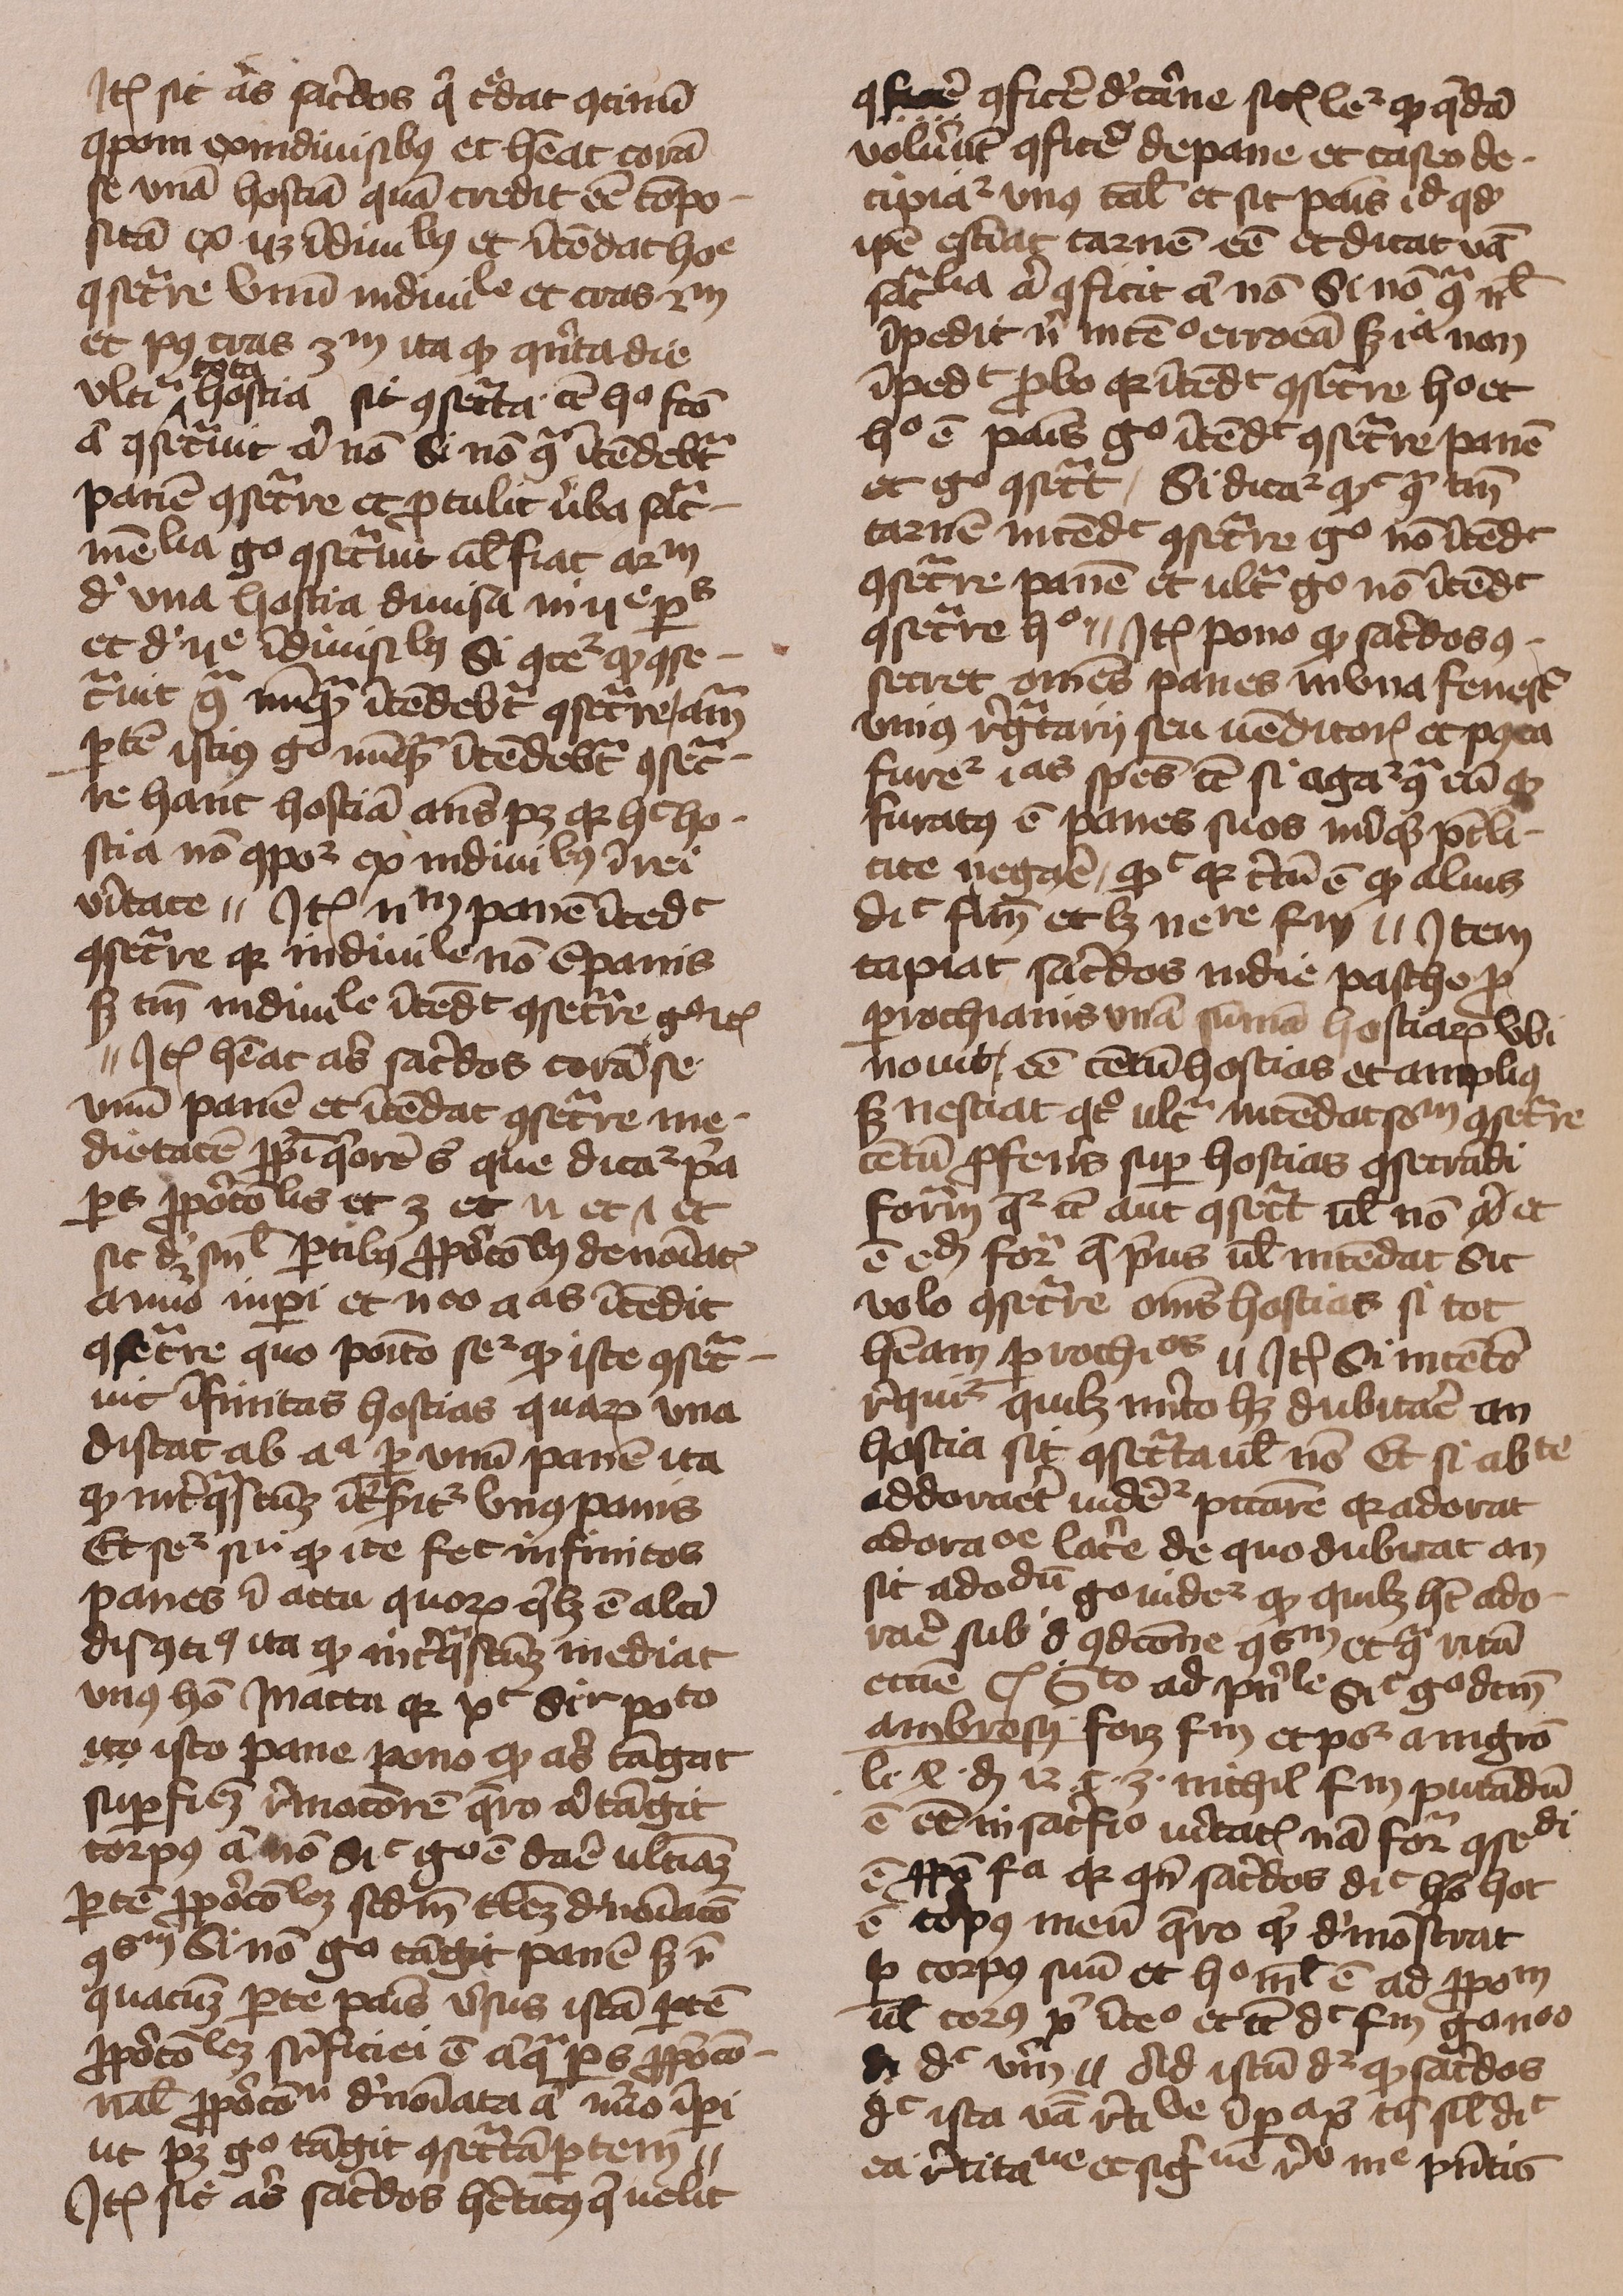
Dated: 1429–1431